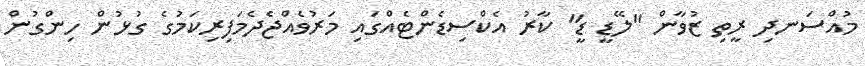
މުއްސަނދި ރީތި ޒުވާން "ލޭޑީ ޑީ" ކާރު އެކްސިޑެންޓެއްގައި މަރުވެއްޖެދެމަފިރިކަމުގެ ގުޅުން ހިންގުން